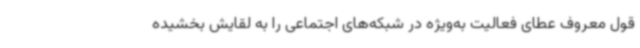
قول معروف عطای فعالیت به‌ویژه در شبکه‌های اجتماعی را به لقایش بخشیده